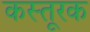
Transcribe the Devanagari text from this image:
कस्तूरक